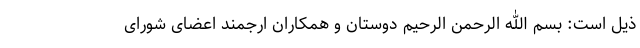
ذیل است: بسم الله الرحمن الرحیم دوستان و همکاران ارجمند اعضای شورای